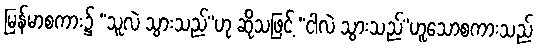
မြန်မာစကား၌ “သူလဲ သွားသည်”ဟု ဆိုသဖြင့် “ငါလဲ သွားသည်”ဟူသောစကားသည်